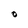
Character: O